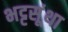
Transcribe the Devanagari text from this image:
भट्टसूंथा